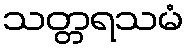
သတ္တရသမံ